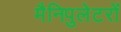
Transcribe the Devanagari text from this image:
मैनिपुलेटरों